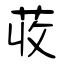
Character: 荍